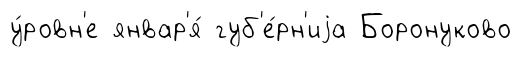
у́ровн'е январ'я́ губ'е́рн'иjа Боронуково